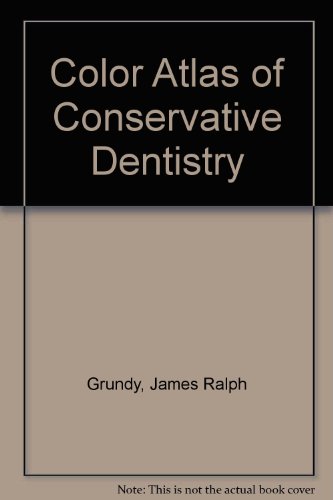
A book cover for Color Atlas of Conservative Dentistry; James Ralph Grundy; Medical Books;